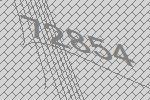
72854